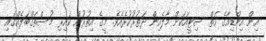
އިން އިންޑިއާގެ ހަތް ސިޓީއަކަށް މާލެއިން ދަތުރުކުރެއެވެ. މީގެ އިތުރުން ކައިރި މުސްތަޤްބަލެއްގައި